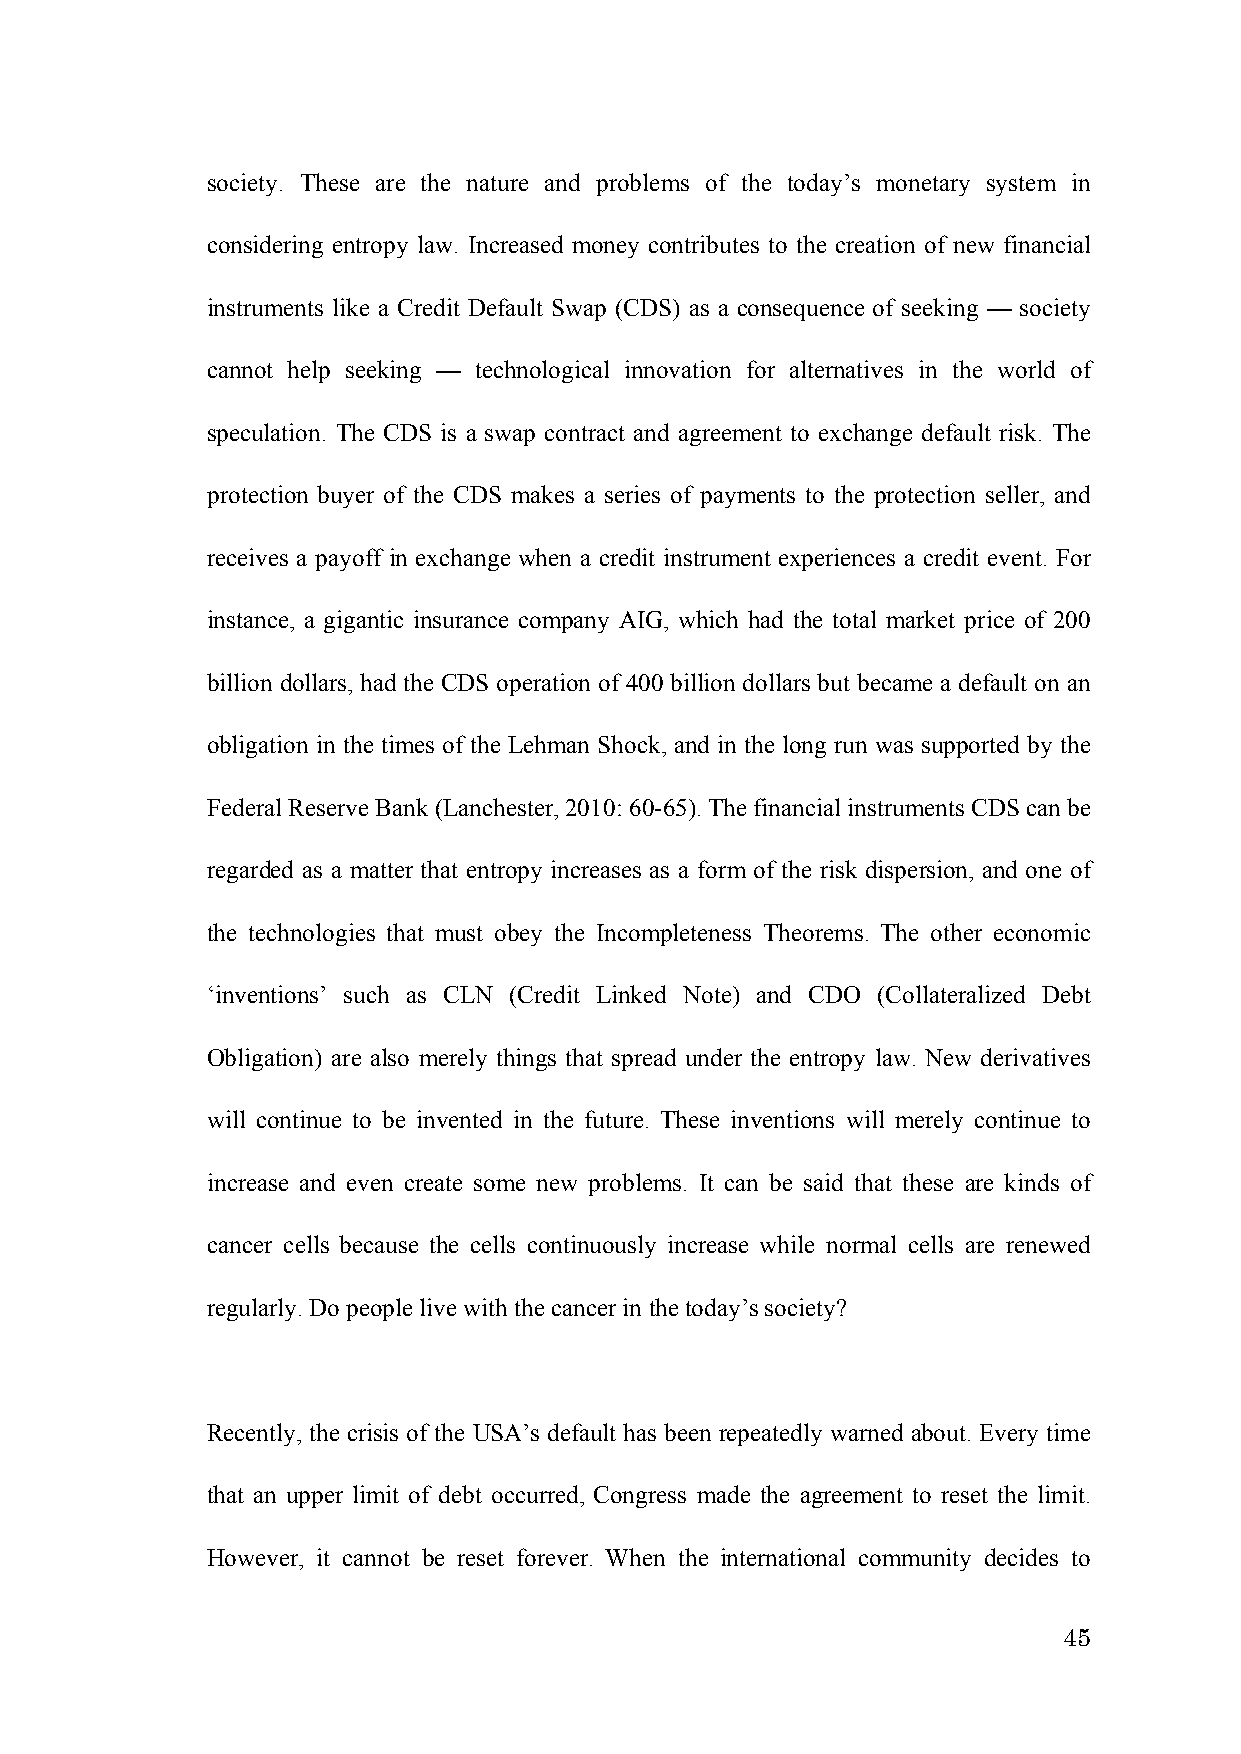
society. These are the nature and problems of the today’s monetary system in
 considering entropy law. Increased money contributes to the creation of new financial
 instruments like a Credit Default Swap (CDS) as a consequence of seeking — society
 cannot help seeking — technological innovation for alternatives in the world of
 speculation. The CDS is a swap contract and agreement to exchange default risk. The
 protection buyer of the CDS makes a series of payments to the protection seller, and
 receives a payoff in exchange when a credit instrument experiences a credit event. For
 instance, a gigantic insurance company AIG, which had the total market price of 200
 billion dollars, had the CDS operation of 400 billion dollars but became a default on an
 obligation in the times of the Lehman Shock, and in the long run was supported by the
 Federal Reserve Bank (Lanchester, 2010: 60-65). The financial instruments CDS can be
 regarded as a matter that entropy increases as a form of the risk dispersion, and one of
 the technologies that must obey the Incompleteness Theorems. The other economic
 ‘inventions’ such as CLN (Credit Linked Note) and CDO (Collateralized Debt
 Obligation) are also merely things that spread under the entropy law. New derivatives
 will continue to be invented in the future. These inventions will merely continue to
 increase and even create some new problems. It can be said that these are kinds of
 cancer cells because the cells continuously increase while normal cells are renewed
 regularly. Do people live with the cancer in the today’s society?
 Recently, the crisis of the USA’s default has been repeatedly warned about. Every time
 that an upper limit of debt occurred, Congress made the agreement to reset the limit.
 However, it cannot be reset forever. When the international community decides to
 45